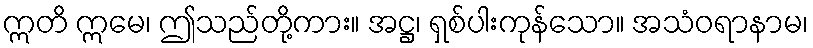
ဣတိ ဣမေ၊ ဤသည်တို့ကား။ အဋ္ဌ၊ ရှစ်ပါးကုန်သော။ အသံဝရာနာမ၊